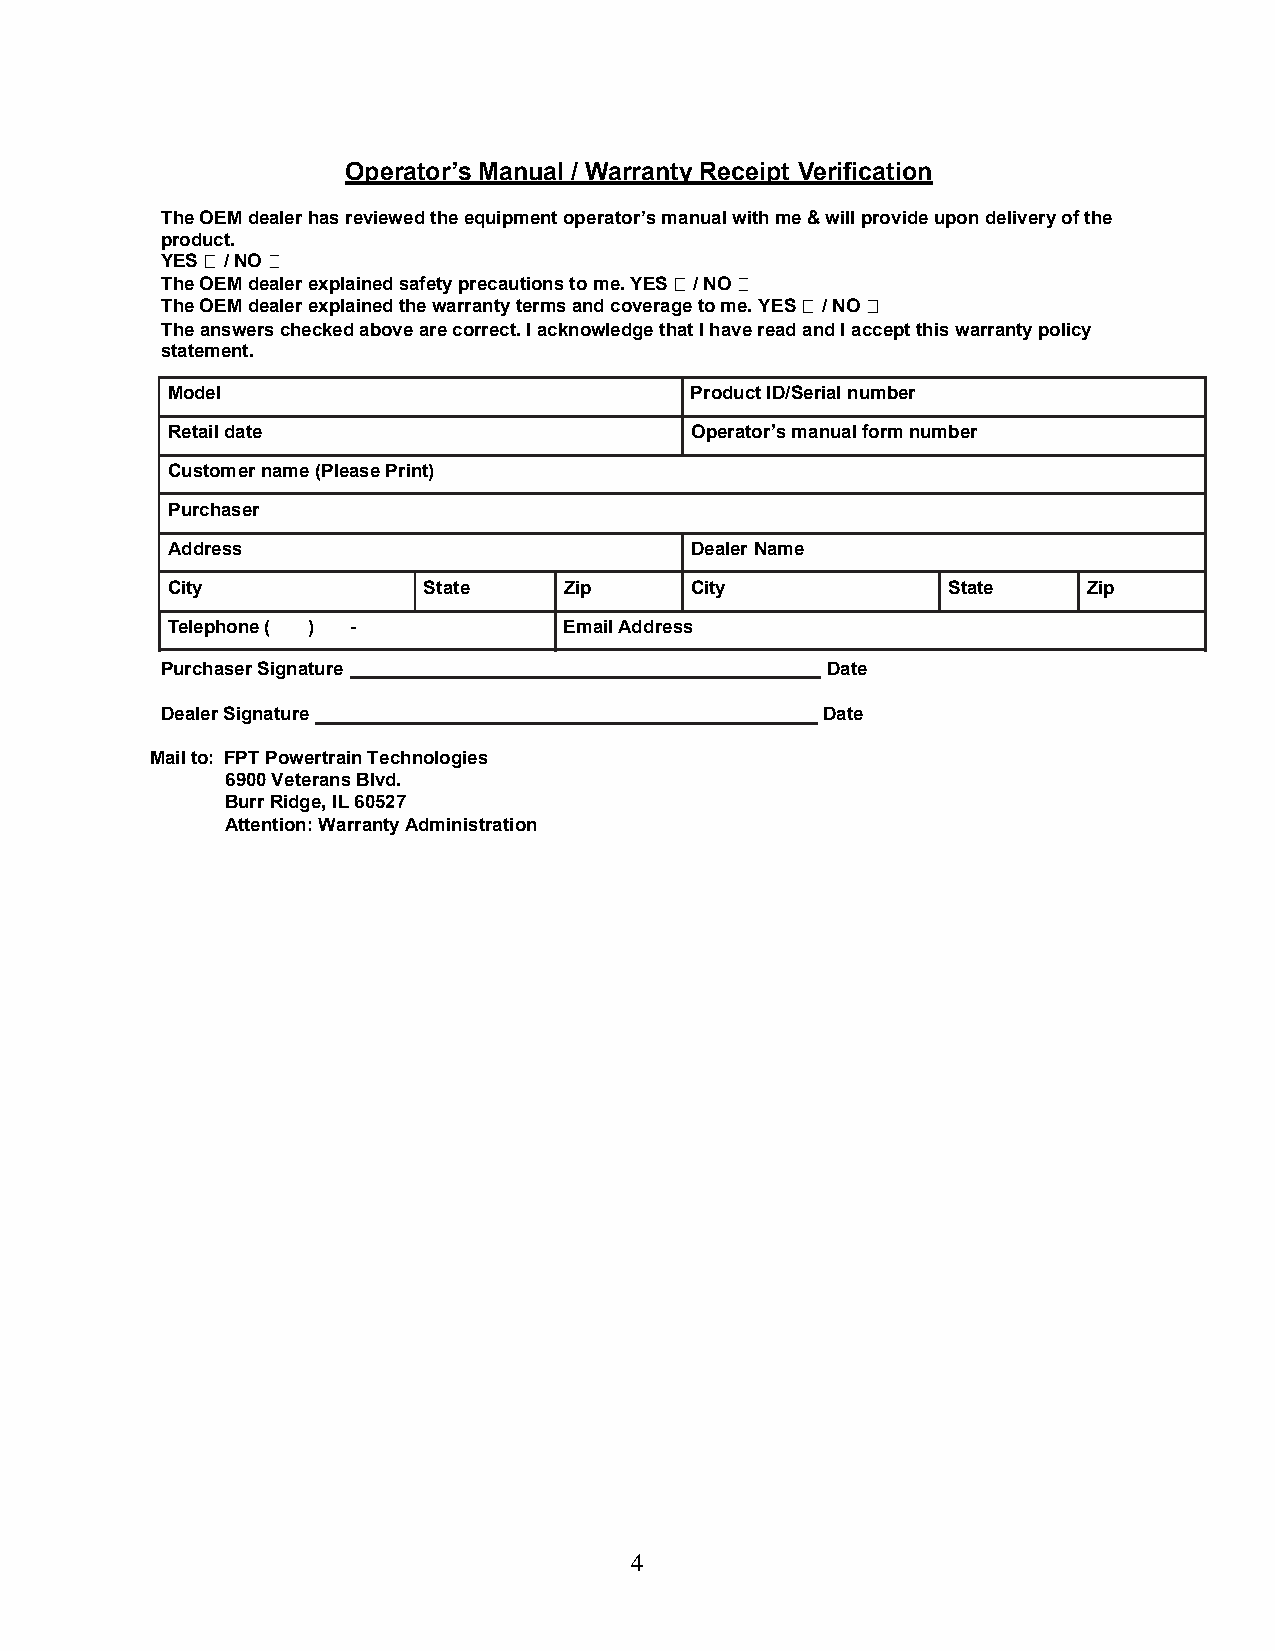
Operator s Manual / Warranty Receipt Verification
 The OEM dealer has reviewed the equipment operators manual with me & will provide upon delivery of the
 product.
 YES / NO
 The OEM dealer explained safety precautions to me. YES / NO
 The OEM dealer explained the warranty terms and coverage to me. YES / NO
 The answers checked above are correct. I acknowledge that I have read and I accept this warranty policy
 statement.
 Model                              Product ID/Serial number
 Retail date                        Operators manual form number
 Customer name (Please Print)
 Purchaser
 Address                            Dealer Name
 City             State    Zip      City             State    Zip
 Telephone ( ) -           Email Address
 Purchaser Signature                         Date
 Dealer Signature                            Date
 Mail to: FPT Powertrain Technologies
 6900 Veterans Blvd.
 Burr Ridge, IL 60527
 Attention: Warranty Administration
 4